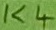
Text: K4